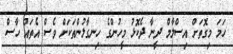
ހަމަ މިގޮތަށް އިސްލާމް ދީނާ ދެކޮޅު މީހުންގެ ހިނގާލުންތަކަަށް ވެސް އެތައް ހާސް